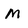
Character: m